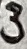
Text: 3